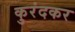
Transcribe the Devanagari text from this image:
कुरंदकर